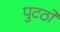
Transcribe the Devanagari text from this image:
पुटठों